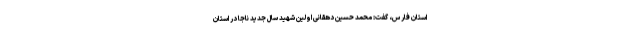
استان فارس، گفت: محمد حسین دهقانی اولین شهید سال جدید ناجا در استان